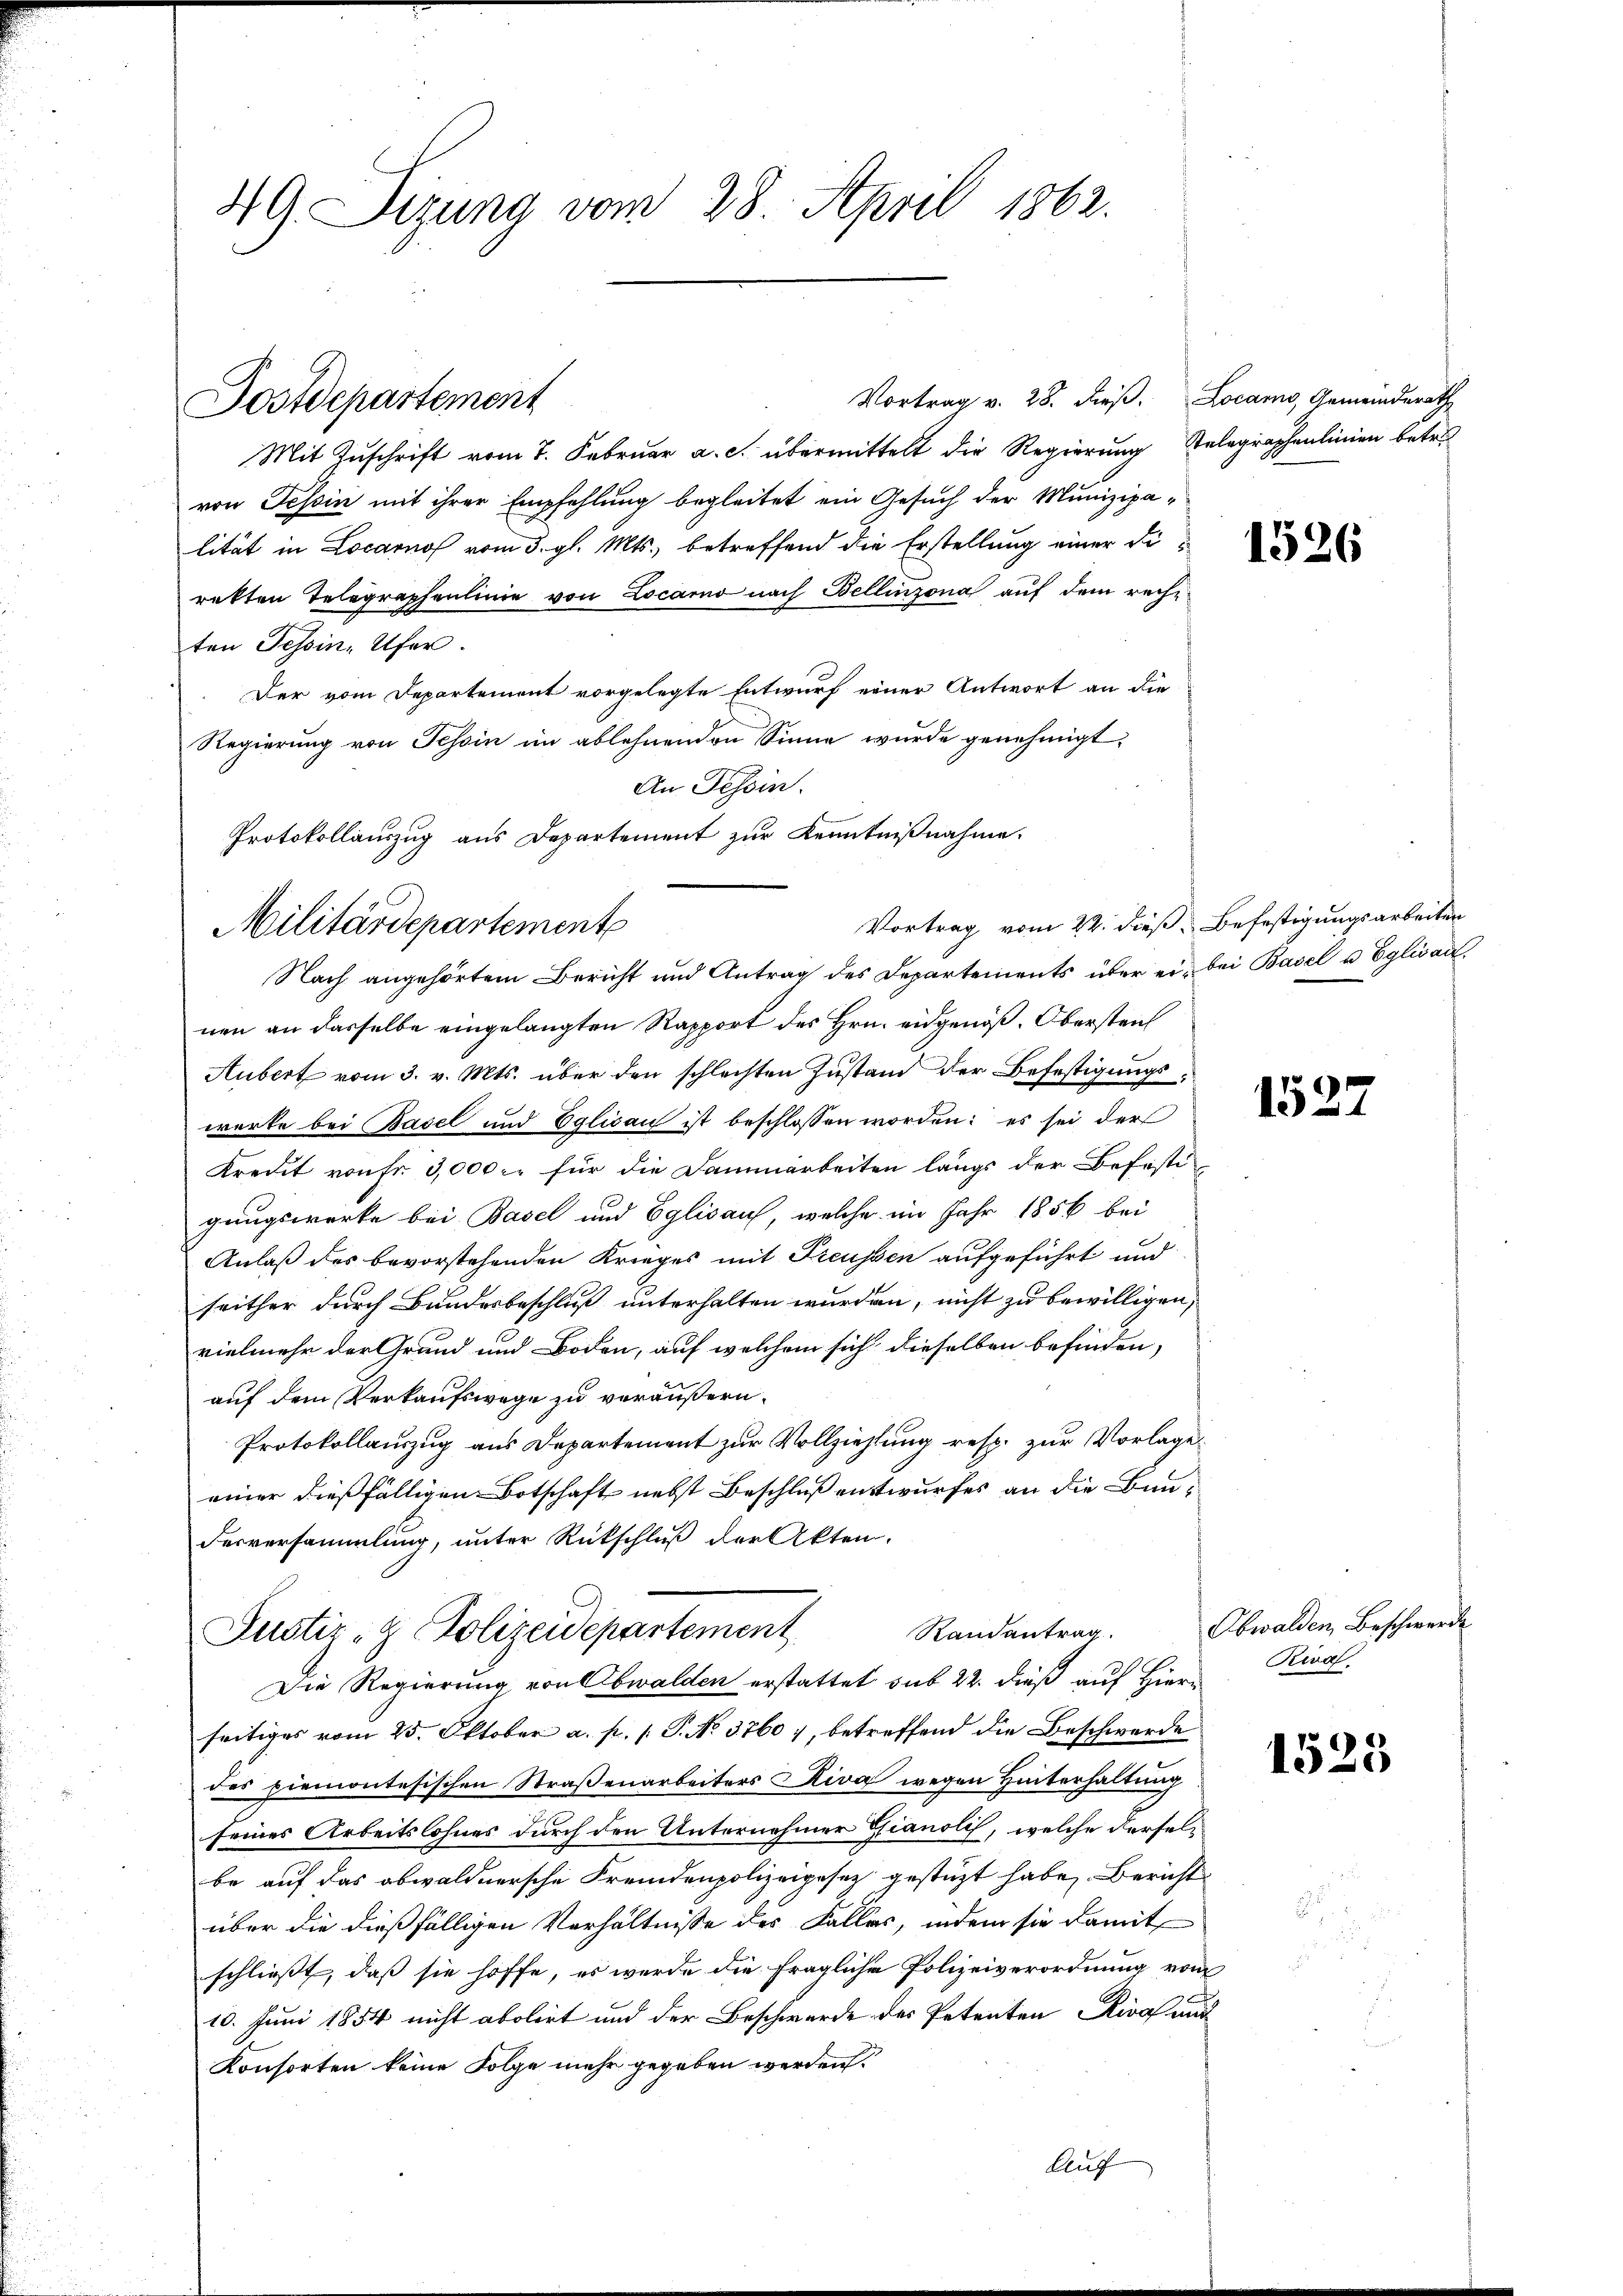
49. Sizung vom 28. April 1862.

Mit Zuschrift vom 7. Februar a. c. übermittelt die Regierung Telegraphenlinien betret
von Tessin mit ihrer Empfehlung begleitet ein Gesuch der Munizipalität in Locarnof vom 5. gl. Mts., betreffend die Erstellung einer di
rekten Telegraphenlinie von Locarno nach Bellinzona auf dem rechten Tessin, Ufer
Der vom Departement vorgelegte Entwurf einer Antwort an die
Regierung von Tessin im ablehnenden Sinne wurde genehmigt:
An Tessin.
Protokollauszug aus Departement zur Kenntnißnahme.
Nach angehörtem Bericht und Antrag des Departements über ein bei Basel u Eglisau,
nen an dasselbe eingelangten Rapport des Hrn. eidgenöß. Obersten
Aubert vom 3. v. Mts. über den schlechten Zustand der Befestigungswerte bei Basel und Eglican ist beschlossen worden: es sei der
Kredit von fr. 3,000. für die Dammarbeiten längs der Befesti
gangswerke bei Basel und Eglisauf, welche im Jahr 1856 bei
Anlaß des bevorstehenden Krieges mit Freussen aufgeführt und
seither durch Bundesbeschluß unterhalten wurden, nicht zu bewilligen,
vielmehr der Grund und Boden, auf welchem sich dieselben befinden,
auf dem Verkaufswege zu veräußern.
Protokollauszug aus Departement zur Vollziehlung resp. zur Vorlage
einer dießfälligen Botschaft nebst Beschluß entwurfes an die Bauderversammlung, unter Rückschluß der Akten.
Randantrag.
Justiz- & Polizeidepartement
Die Regierung von Obwalden erstattet sub 22. dieß auf Hierseitiges vom 25. Oktober a. p. 1. P. No. 3760), betreffend die Beschwerde
des piemontesischen Straßenarbeiters Riva wegen Hinterhaltung
seines Arbeitslohnes durch den Unternehmer Pianoli, welche derselbe auf das obwaldnersche Fremdenpolizeigesez gestüzt habe. Bericht
über die dießfälligen Verhältnisse des Falles, indem sie damit
schließt, daß sie hoffe, es werde die fragliche Polizeiverordnung vom
10. Juni 1854 nicht abolirt und der Beschwerde des Petenten Riva auf
Konsorten keine Folge mehr gegeben werden.
Auf

Postdepartement

Militärdepartemente

Vortrag v. 28. dieß. Locarno, Gemeinderath

Vortrag vom 22. dieß Befestigungsarbeiten

1526

1527

Obwalden, Beschwerde
Riva

1523